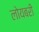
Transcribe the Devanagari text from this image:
लोयबरी